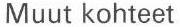
Muut kohteet